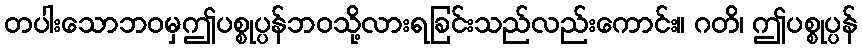
တပါးသောဘဝမှဤပစ္စုပ္ပန်ဘဝသို့လားရခြင်းသည်လည်းကောင်း။ ဂတိ၊ ဤပစ္စုပ္ပန်